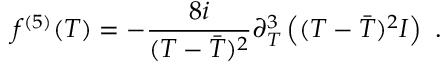
f ^ { ( 5 ) } ( T ) = - \frac { 8 i } { ( T - \bar { T } ) ^ { 2 } } \partial _ { T } ^ { 3 } \left( ( T - \bar { T } ) ^ { 2 } { \cal I } \right) \ .